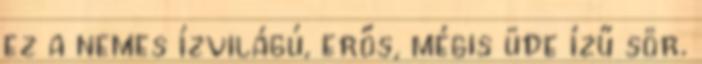
ez a nemes ízvilágú, erős, mégis üde ízű sör.